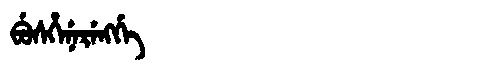
Manchu: ᠪᡠᠰᡥᡝᠨᡝᡵᡝᠩᡤᡝ
Romanization: BUSHENERENGGE